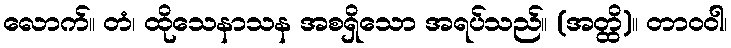
လောက်။ တံ၊ ထိုသေနာသန အစရှိသော အရပ်သည်။ (အတ္ထိ)။ တာဝဝါ၊